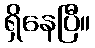
ရှိနေပြီ။